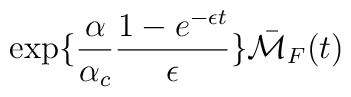
\exp \{ \frac{\alpha}{\alpha_c} \frac{1-e^{-\epsilon t}}{\epsilon} \}\bar{{\cal M}}_F(t)